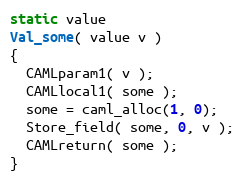
Language: C
static value
Val_some( value v )
{
  CAMLparam1( v );
  CAMLlocal1( some );
  some = caml_alloc(1, 0);
  Store_field( some, 0, v );
  CAMLreturn( some );
}